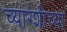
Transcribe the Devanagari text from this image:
च्यांग्शीच्या